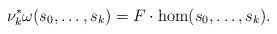
LaTeX: \begin{align*}\nu_k^*\omega(s_0,\dots, s_k)=F\cdot \hom(s_0,\dots, s_k).\end{align*}